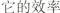
它的效率